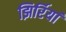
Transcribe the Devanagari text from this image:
झिर्रियां